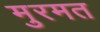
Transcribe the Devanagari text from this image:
मुरमत